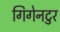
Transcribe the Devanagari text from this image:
गिगेनटुर